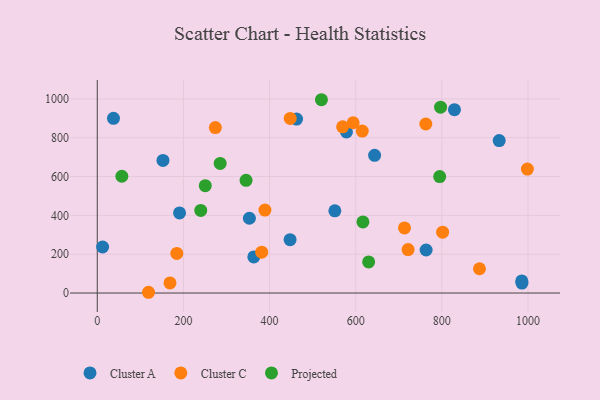
{"axis": {"x": "Price", "y": "Sales"}, "legend": ["Cluster A", "Cluster C", "Projected"], "data": [{"x": "933.1", "y": 785.4, "type": "Cluster A"}, {"x": "191.0", "y": 412.6, "type": "Cluster A"}, {"x": "12.4", "y": 237.2, "type": "Cluster A"}, {"x": "551.5", "y": 423.4, "type": "Cluster A"}, {"x": "37.6", "y": 900.2, "type": "Cluster A"}, {"x": "353.1", "y": 385.3, "type": "Cluster A"}, {"x": "829.2", "y": 944.8, "type": "Cluster A"}, {"x": "985.9", "y": 51.3, "type": "Cluster A"}, {"x": "152.5", "y": 683.1, "type": "Cluster A"}, {"x": "462.6", "y": 896.3, "type": "Cluster A"}, {"x": "643.8", "y": 709.6, "type": "Cluster A"}, {"x": "985.5", "y": 62.6, "type": "Cluster A"}, {"x": "363.4", "y": 186.0, "type": "Cluster A"}, {"x": "763.4", "y": 221.8, "type": "Cluster A"}, {"x": "578.5", "y": 830.2, "type": "Cluster A"}, {"x": "447.6", "y": 275.1, "type": "Cluster A"}, {"x": "168.8", "y": 52.3, "type": "Cluster C"}, {"x": "615.2", "y": 834.4, "type": "Cluster C"}, {"x": "998.5", "y": 638.8, "type": "Cluster C"}, {"x": "762.7", "y": 870.9, "type": "Cluster C"}, {"x": "381.7", "y": 210.4, "type": "Cluster C"}, {"x": "887.3", "y": 125.1, "type": "Cluster C"}, {"x": "801.7", "y": 313.5, "type": "Cluster C"}, {"x": "721.6", "y": 223.8, "type": "Cluster C"}, {"x": "713.2", "y": 335.4, "type": "Cluster C"}, {"x": "118.9", "y": 3.9, "type": "Cluster C"}, {"x": "274.1", "y": 852.2, "type": "Cluster C"}, {"x": "447.9", "y": 899.7, "type": "Cluster C"}, {"x": "569.6", "y": 856.5, "type": "Cluster C"}, {"x": "184.6", "y": 204.3, "type": "Cluster C"}, {"x": "389.2", "y": 427.4, "type": "Cluster C"}, {"x": "594.0", "y": 877.4, "type": "Cluster C"}, {"x": "250.7", "y": 553.1, "type": "Projected"}, {"x": "794.9", "y": 599.8, "type": "Projected"}, {"x": "345.4", "y": 580.7, "type": "Projected"}, {"x": "630.0", "y": 160.1, "type": "Projected"}, {"x": "57.0", "y": 601.7, "type": "Projected"}, {"x": "285.3", "y": 667.6, "type": "Projected"}, {"x": "240.2", "y": 425.8, "type": "Projected"}, {"x": "616.7", "y": 366.4, "type": "Projected"}, {"x": "797.0", "y": 957.3, "type": "Projected"}, {"x": "520.4", "y": 995.9, "type": "Projected"}]}